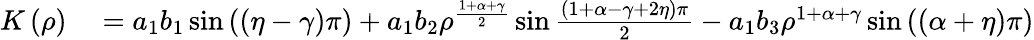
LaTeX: \begin{array}{rl}{K\left(\rho\right)}&{{}=a_{1}b_{1}\sin\left(\left(\eta-\gamma\right)\pi\right)+a_{1}b_{2}\rho^{\frac{1+\alpha+\gamma}{2}}\sin\frac{\left(1+\alpha-\gamma+2\eta\right)\pi}{2}-a_{1}b_{3}\rho^{1+\alpha+\gamma}\sin\left(\left(\alpha+\eta\right)\pi\right)}\end{array}